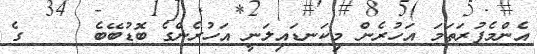
އެންމެފުރަތަމަ އަހުރެން މިކަނޑައިލަނީ އަހުރެންގެ ބޮޑުބޭބެ     ގެ